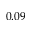
0 . 0 9